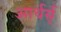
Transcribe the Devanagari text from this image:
आर्थर्स्